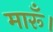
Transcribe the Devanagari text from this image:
मारूँ।